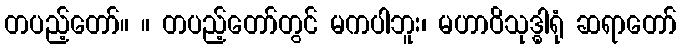
တပည့်တော်။ ။ တပည့်တော်တွင် မကပါဘူး၊ မဟာဝိသုဒ္ဓါရုံ ဆရာတော်